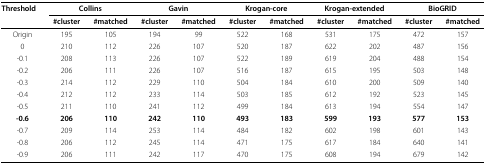
| Threshold | <COLSPAN=2> Collins | <COLSPAN=2> Gavin | <COLSPAN=2> Krogan-core | <COLSPAN=2> Krogan-extended | <COLSPAN=2> BioGRID |
 |  | #cluster | #matched | #cluster | #matched | #cluster | #matched | #cluster | #matched | #cluster | #matched |
 | --- | --- | --- | --- | --- | --- | --- | --- | --- | --- | --- |
 | Origin | 195 | 105 | 194 | 99 | 522 | 168 | 531 | 175 | 472 | 157 |
 | 0 | 210 | 112 | 226 | 107 | 520 | 187 | 622 | 202 | 487 | 156 |
 | -0.1 | 208 | 113 | 226 | 107 | 522 | 189 | 619 | 204 | 488 | 154 |
 | -0.2 | 206 | 111 | 226 | 107 | 516 | 187 | 615 | 195 | 503 | 148 |
 | -0.3 | 214 | 112 | 229 | 110 | 504 | 184 | 610 | 200 | 509 | 140 |
 | -0.4 | 212 | 112 | 233 | 114 | 503 | 185 | 612 | 192 | 523 | 145 |
 | -0.5 | 211 | 110 | 241 | 112 | 499 | 184 | 613 | 194 | 554 | 147 |
 | -0.6 | 206 | 110 | 242 | 110 | 493 | 183 | 599 | 193 | 577 | 153 |
 | -0.7 | 209 | 114 | 253 | 114 | 484 | 182 | 602 | 198 | 601 | 143 |
 | -0.8 | 206 | 112 | 245 | 114 | 471 | 175 | 617 | 184 | 640 | 141 |
 | -0.9 | 206 | 111 | 242 | 117 | 470 | 175 | 608 | 194 | 679 | 142 |